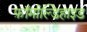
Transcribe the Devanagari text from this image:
फ़ॉर्माल्डिहाइड